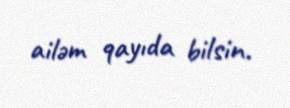
ailəm qayıda bilsin.